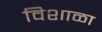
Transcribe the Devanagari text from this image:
विशाळा